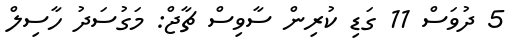
5 ދުވަސް 11 ގަޑި ކުރިން ސާވިސް ޗާޖް: މަގުސަދު ހާސިލް